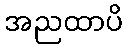
အညထာပိ